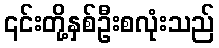
၎င်းတို့နှစ်ဦးစလုံးသည်